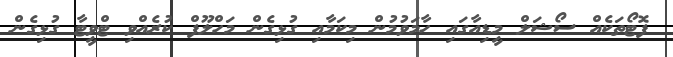
ފޮޓޯތަކެއް ސޯޝަލް މީޑިއާގައި ހާމަވުމުން މިކަމާއި ގުޅިގެން މަހްލޫފް ކުރެއްވި ޓްވީޓާ ގުޅިގެން